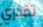
تقدري